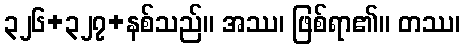
၃၂၆+၃၂၇+နစ်သည်။ အဿ၊ ဖြစ်ရာ၏။ တဿ၊